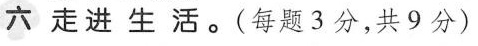
六走进生活。(每题3分，共9分)